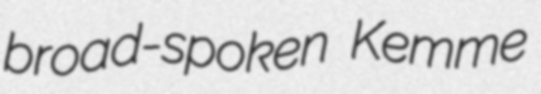
broad-spoken Kemme